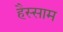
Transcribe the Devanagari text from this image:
हैस्साम